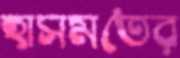
হাসমতের